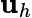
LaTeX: \mathbf{u}_{h}